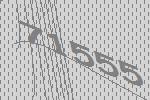
71555